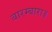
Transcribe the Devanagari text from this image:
बारम्बारा॥